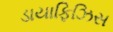
ડાયાફિઝિસ